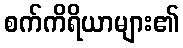
စက်ကိရိယာများ၏